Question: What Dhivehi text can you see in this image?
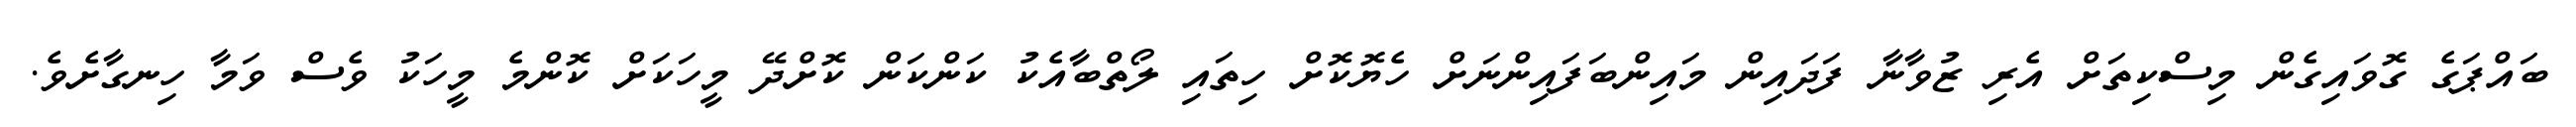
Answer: ބައްޕަގެ ގޮވައިގެން މިސްކިތަށް އެރި ޒުވާނާ ފަދައިން މައިންބަފައިންނަށް ހެޔޮކޮށް ހިތައި ލޯތްބާއެކު ކަންކަން ކޮށްދޭ މީހަކަށް ކޮންމެ މީހަކު ވެސް ވަމާ ހިނގާށެވެ.